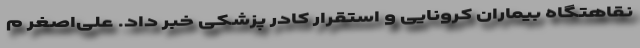
نقاهتگاه بیماران کرونایی و استقرار کادر پزشکی خبر داد. علی‌اصغر م